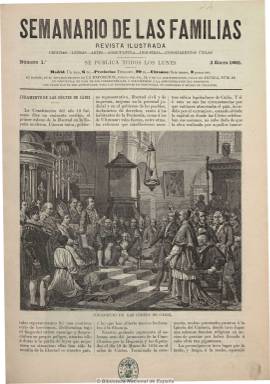
Título: Semanario de las familias
Colección: Semanarios de amenidades
Ámbito geográfico: Madrid
Lugar de publicación: Madrid
Fechas: 02/01/1882-31/12/1883

Publicación que sale los lunes en lugar del diario democrático-progresista madrileño El porvenir. Primero en números de 16 páginas y, finalmente, con ocho páginas. Sus contenidos son textos de divulgación sobre historia, ciencia y medicina popular, economía doméstica, derecho de familia o botánica; crónicas de viajes; secciones misceláneas, con noticias y sueltos breves, frases célebres, modas o pasatiempos. También da cabida a textos de creación literaria (cuentos, poemas, etc.), a la biografía y bibliografía. Asimismo publica bellos grabados que ilustran sus artículos. Se trata de una publicación tipo magazín dirigida tanto a lectores como lectoras.